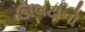
ઊલટાનો